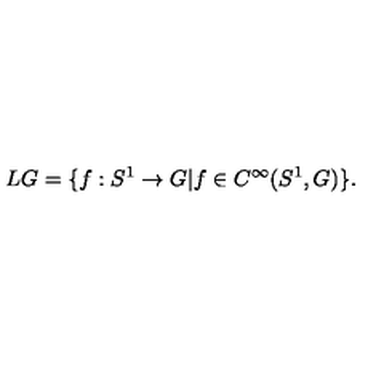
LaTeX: L G = \{ f : S ^ { 1 } \rightarrow G | f \in C ^ { \infty } ( S ^ { 1 } , G ) \} .